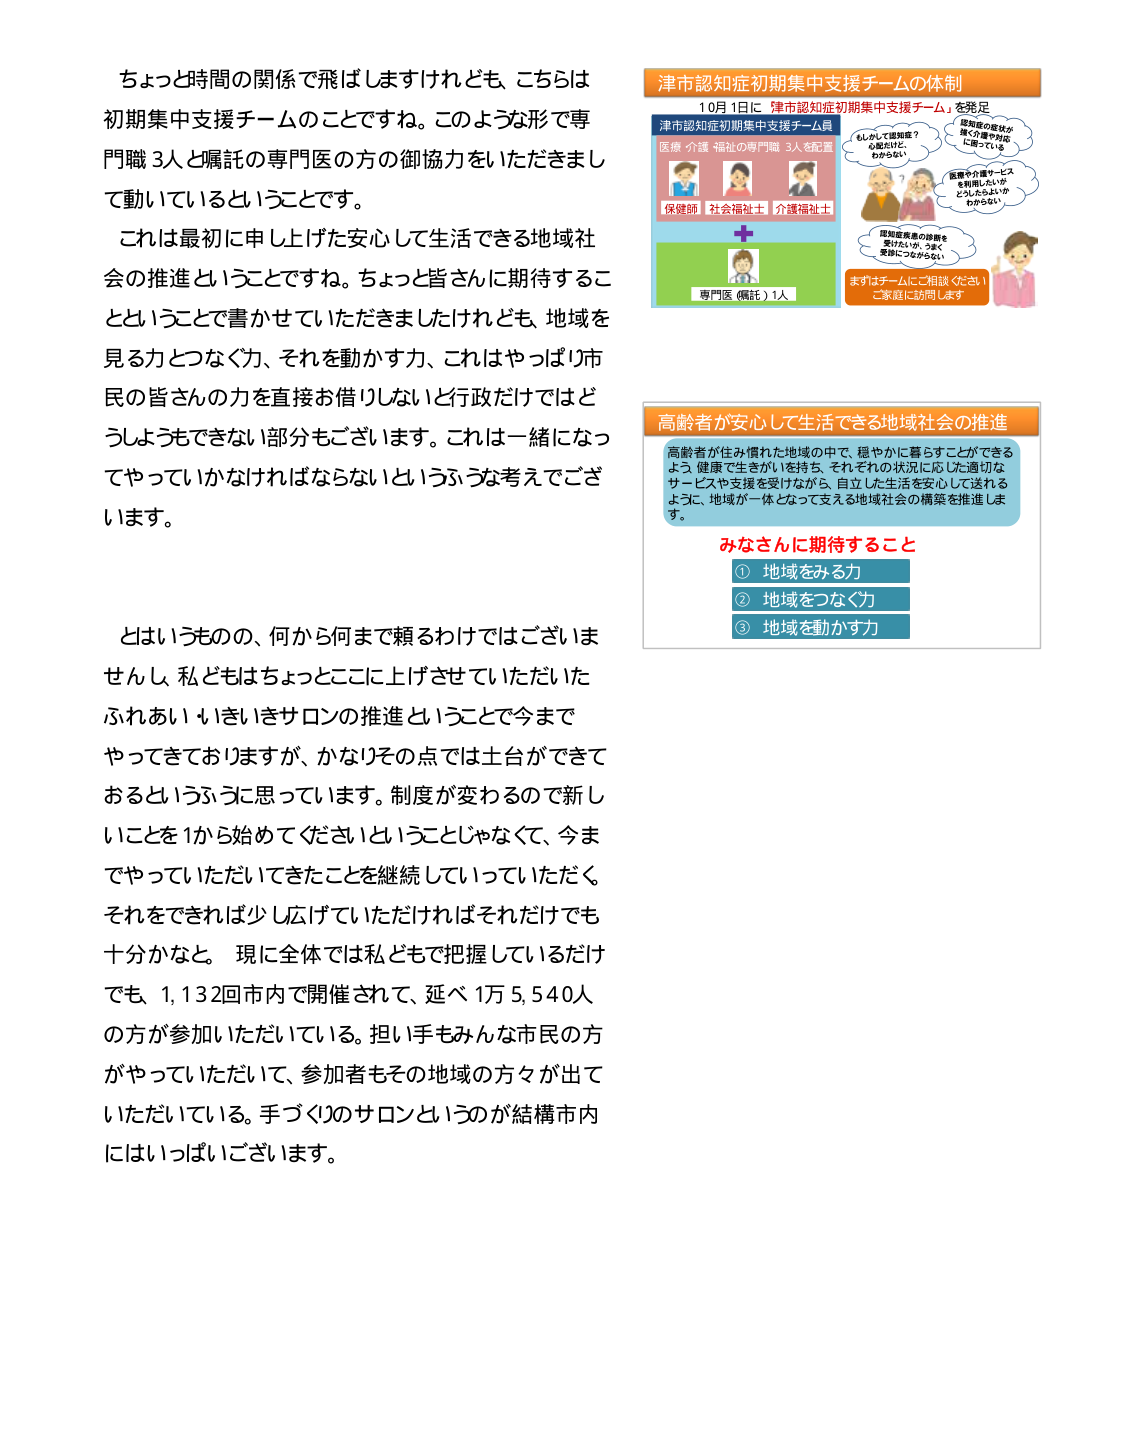
ちょっと時間の関係で飛ばしますけれども、こちらは初期集中支援チームのことですね。このような形で専門職3人と嘱託の専門医の方の御協力をいただきまして動いているということです。

これは最初に申し上げた安心して生活できる地域社会の推進ということですね。ちょっと皆さんに期待することということで書かせていただきましたけれども、地域を見る力とつなぐ力、それを動かす力、これはやっぱり市民の皆さんの力を直接お借りしないと行政だけではどうしようもできない部分もございます。これは一緒になってやっていかなければならないというふうな考えでございます。

とはいうものの、何から何まで頼るわけではございませんし、私どもはちょっとここに上げさせていただいたふれあい・いきいきサロンの推進ということで今までやってきておりますが、かなりその点では土台ができておるというふうに思っています。制度が変わるので新しいことを1から始めてくださいということじゃなくて、今までやっていただいてきたことを継続していっていただく、それをできれば少し広げていただければそれだけでも十分かなと。現に全体では私どもで把握しているだけでも、1,132回市内で開催されて、延べ1万5,540人の方が参加いただいている。担い手もみんな市民の方がやっていただいて、参加者もその地域の方々が出ていただいている。手づくりのサロンというのが結構市内にはいっぱいございます。

津市認知症初期集中支援チームの体制
10月1日に「津市認知症初期集中支援チーム」を発足
津市認知症初期集中支援チーム員
医療・介護・福祉の専門職 3人を配置
保健師 社会福祉士 介護福祉士
＋
専門医（嘱託）1人
もしかして認知症？
心配だけど、わからない
認知症の症状が
幾つか薄や対応
に困っている
医療や介護サービス
を利用したいが
どうしたらよいか
わからない
認知症疾患の診断を
受けたいが、うまく
受診につながらない
まずはチームにご相談ください！
ご家庭に訪問します

高齢者が安心して生活できる地域社会の推進
高齢者が住み慣れた地域の中で、穏やかに暮らすことができるよう、健康で生きがいを持ち、それぞれの状況に応じた適切なサービスや支援を受けながら、自立した生活を安心して送れるように、地域が一体となって支える地域社会の構築を推進します。

みなさんに期待すること
① 地域を見る力
② 地域をつなぐ力
③ 地域を動かす力